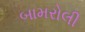
બામરોલી